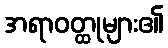
အရာဝတ္ထုများ၏